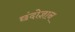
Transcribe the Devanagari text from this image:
छंदोज्ञान